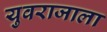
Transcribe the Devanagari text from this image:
युवराजाला